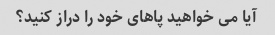
آیا می خواهید پاهای خود را دراز کنید؟